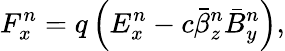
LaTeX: F_{x}^{n}=q\left(E_{x}^{n}-c\bar{\beta}_{z}^{n}\bar{B}_{y}^{n}\right),